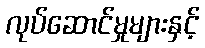
လုပ်ဆောင်မှုများနှင့်